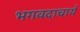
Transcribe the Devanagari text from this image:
भगवदाचार्य